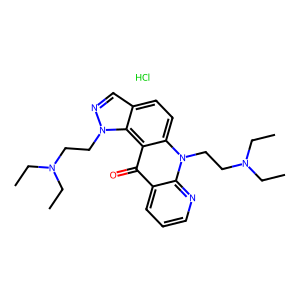
SMILES: CCN(CC)CCn1ncc2ccc3c(c(=O)c4cccnc4n3CCN(CC)CC)c21.Cl
Inhibits HIV replication: No